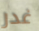
غدر